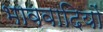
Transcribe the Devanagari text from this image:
भाववादियों